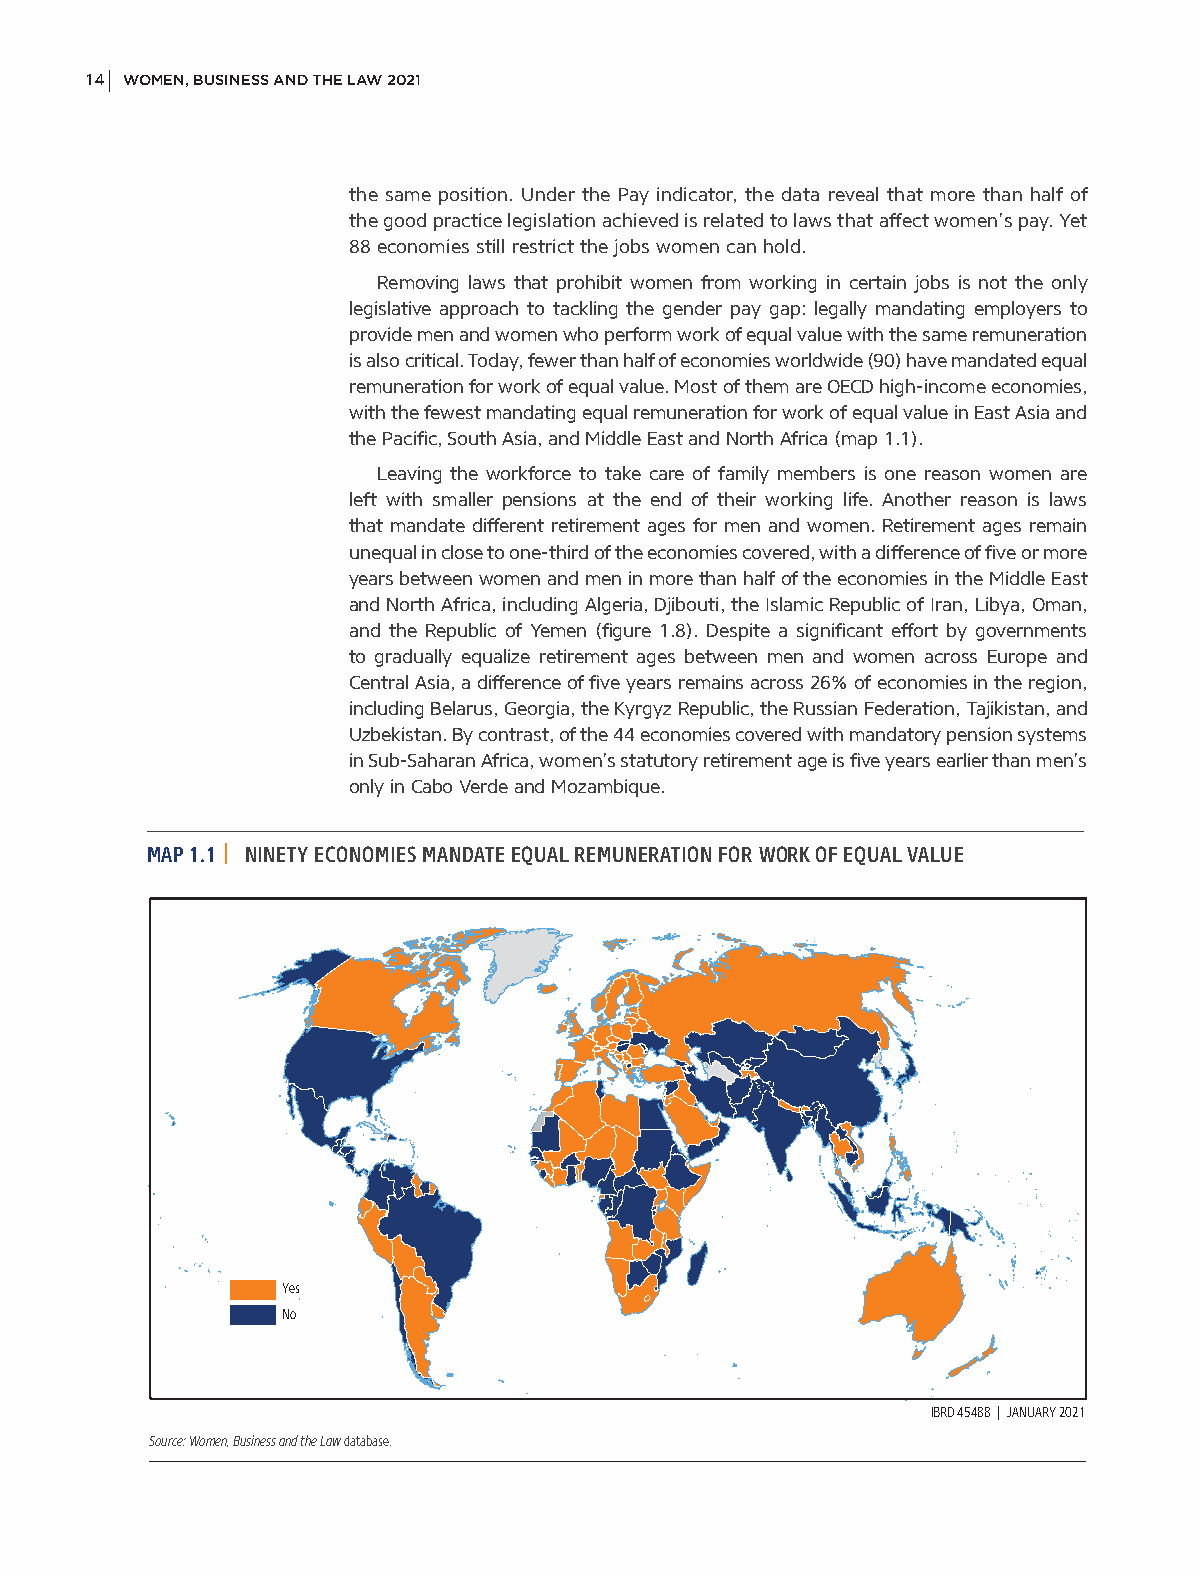
14 WOMEN, BUSINESS AND THE LAW 2021
 the same position. Under the Pay indicator, the data reveal that more than half of
 the good practice legislation achieved is related to laws that affect women’s pay. Yet
 88 economies still restrict the jobs women can hold.
 Removing laws that prohibit women from working in certain jobs is not the only
 legislative approach to tackling the gender pay gap: legally mandating employers to
 provide men and women who perform work of equal value with the same remuneration
 is also critical. Today, fewer than half of economies worldwide (90) have mandated equal
 remuneration for work of equal value. Most of them are OECD high-income economies,
 with the fewest mandating equal remuneration for work of equal value in East Asia and
 the Pacific, South Asia, and Middle East and North Africa (map 1.1).
 Leaving the workforce to take care of family members is one reason women are
 left with smaller pensions at the end of their working life. Another reason is laws
 that mandate different retirement ages for men and women. Retirement ages remain
 unequal in close to one-third of the economies covered, with a difference of five or more
 years between women and men in more than half of the economies in the Middle East
 and North Africa, including Algeria, Djibouti, the Islamic Republic of Iran, Libya, Oman,
 and the Republic of Yemen (figure 1.8). Despite a significant effort by governments
 to gradually equalize retirement ages between men and women across Europe and
 Central Asia, a difference of five years remains across 26% of economies in the region,
 including Belarus, Georgia, the Kyrgyz Republic, the Russian Federation, Tajikistan, and
 Uzbekistan. By contrast, of the 44 economies covered with mandatory pension systems
 in Sub-Saharan Africa, women’s statutory retirement age is five years earlier than men’s
 only in Cabo Verde and Mozambique.
 MAP 1.1 | NINETY ECONOMIES MANDATE EQUAL REMUNERATION FOR WORK OF EQUAL VALUE
 Yes
 No
 IBRD 45488 | JANUARY 2021
 Source: Women, Business and the Law database.